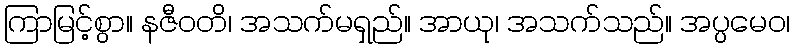
ကြာမြင့်စွာ။ နဇီဝတိ၊ အသက်မရှည်။ အာယု၊ အသက်သည်။ အပ္ပမေဝ၊